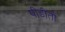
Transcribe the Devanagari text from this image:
पीडीतों